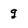
Character: g